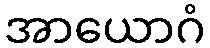
အာယောဂံ